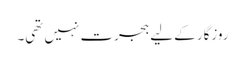
روزگار کے لیے ہجرت نہیں تھی۔